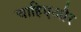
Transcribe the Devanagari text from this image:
चाहिएऔर